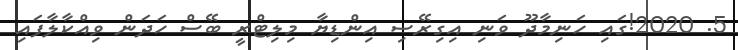
5. 2020!ގައި ހަނިމާދޫ ވަނި އިގިރޭސި އިންޑިޔާ މިލިޓްރީ ބޭސް ހަދަން ވިއްކާލާފައި